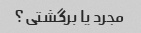
مجرد یا برگشتی؟